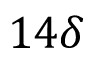
1 4 \delta